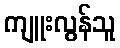
ကျူးလွန်သူ